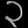
Digit: ၃